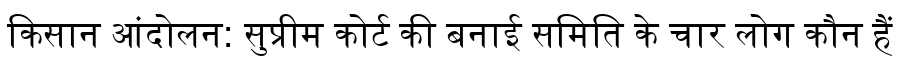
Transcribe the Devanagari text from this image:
किसान आंदोलन: सुप्रीम कोर्ट की बनाई समिति के चार लोग कौन हैं